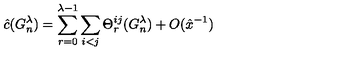
\hat { c } ( G _ { n } ^ { \lambda } ) = \sum _ { r = 0 } ^ { \lambda - 1 } \sum _ { i < j } \Theta _ { r } ^ { i j } ( G _ { n } ^ { \lambda } ) + O ( \hat { x } ^ { - 1 } )